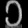
Digit: ၁